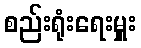
စည်းရုံးရေးမှူး